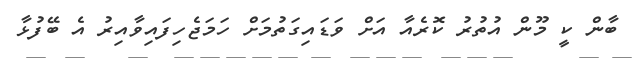
ބާން ކީ މޫން އުތުރު ކޮރެއާ އަށް ވަޑައިގަތުމަށް ހަމަޖެހިފައިވާއިރު އެ ބޭފުޅާ